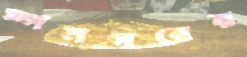
স্পনসরের